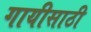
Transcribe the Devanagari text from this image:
गायीसाठी